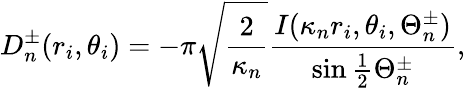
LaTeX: D_{n}^{\pm}(r_{i},\theta_{i})=-\pi\sqrt{\frac{2}{\kappa_{n}}}\frac{I(\kappa_{n}r_{i},\theta_{i},\Theta_{n}^{\pm})}{\sin\frac{1}{2}\Theta_{n}^{\pm}},